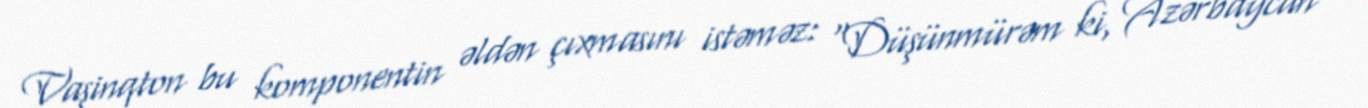
Vaşinqton bu komponentin əldən çıxmasını istəməz: “Düşünmürəm ki, Azərbaycan